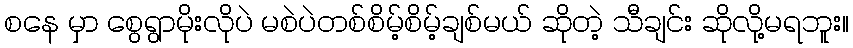
စနေ မှာ စွေရွာမိုးလိုပဲ မစဲပဲတစ်စိမ့်စိမ့်ချစ်မယ် ဆိုတဲ့ သီချင်း ဆိုလို့မရဘူး။